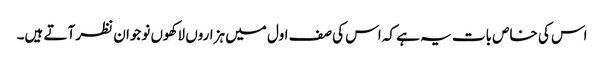
اس کی خاص بات یہ ہے کہ اس کی صف اول میں ہزاروں لاکھوں نوجوان نظر آتے ہیں۔